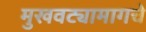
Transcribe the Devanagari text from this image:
मुखवट्यामागचे